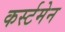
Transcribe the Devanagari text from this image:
कर्स्टमेन